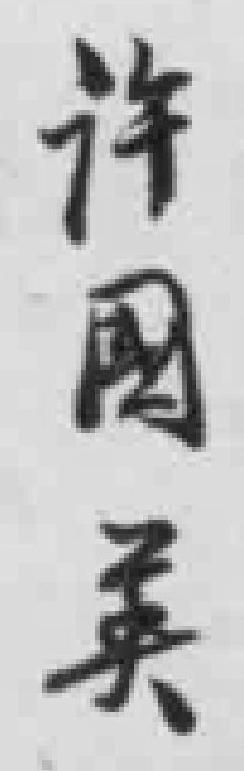
许國英